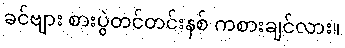
ခင်ဗျား စားပွဲတင်တင်းနစ် ကစားချင်လား။